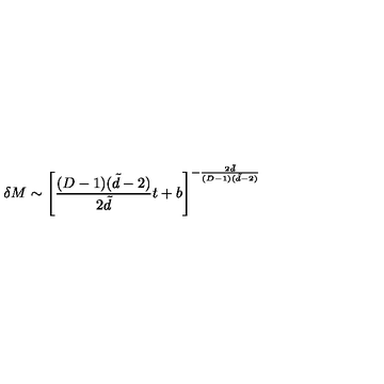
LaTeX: \delta M \sim \left[ \frac { ( D - 1 ) ( \tilde { d } - 2 ) } { 2 \tilde { d } } t + b \right] ^ { - \frac { 2 \tilde { d } } { ( D - 1 ) ( \tilde { d } - 2 ) } }